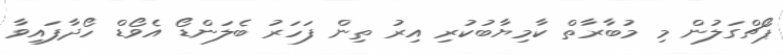
ޕޯޗްގަލުން މި މުބާރާތް ކާމިޔާބުކުރި އިރު ތިން ފަހަރު ބެލަންޑޯ އެވޯޑް ހޯދާފައިވާ